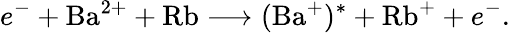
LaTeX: e^{-}+\mathrm{Ba}^{2+}+\mathrm{Rb}\longrightarrow(\mathrm{Ba}^{+})^{*}+\mathrm{Rb}^{+}+e^{-}.